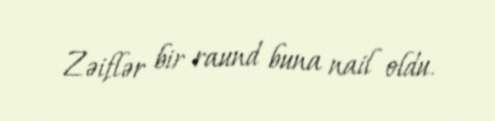
Zəiflər bir raund buna nail oldu.